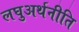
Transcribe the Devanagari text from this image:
लघुअर्थनीति